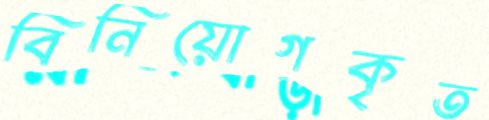
বিনিয়োগকৃত